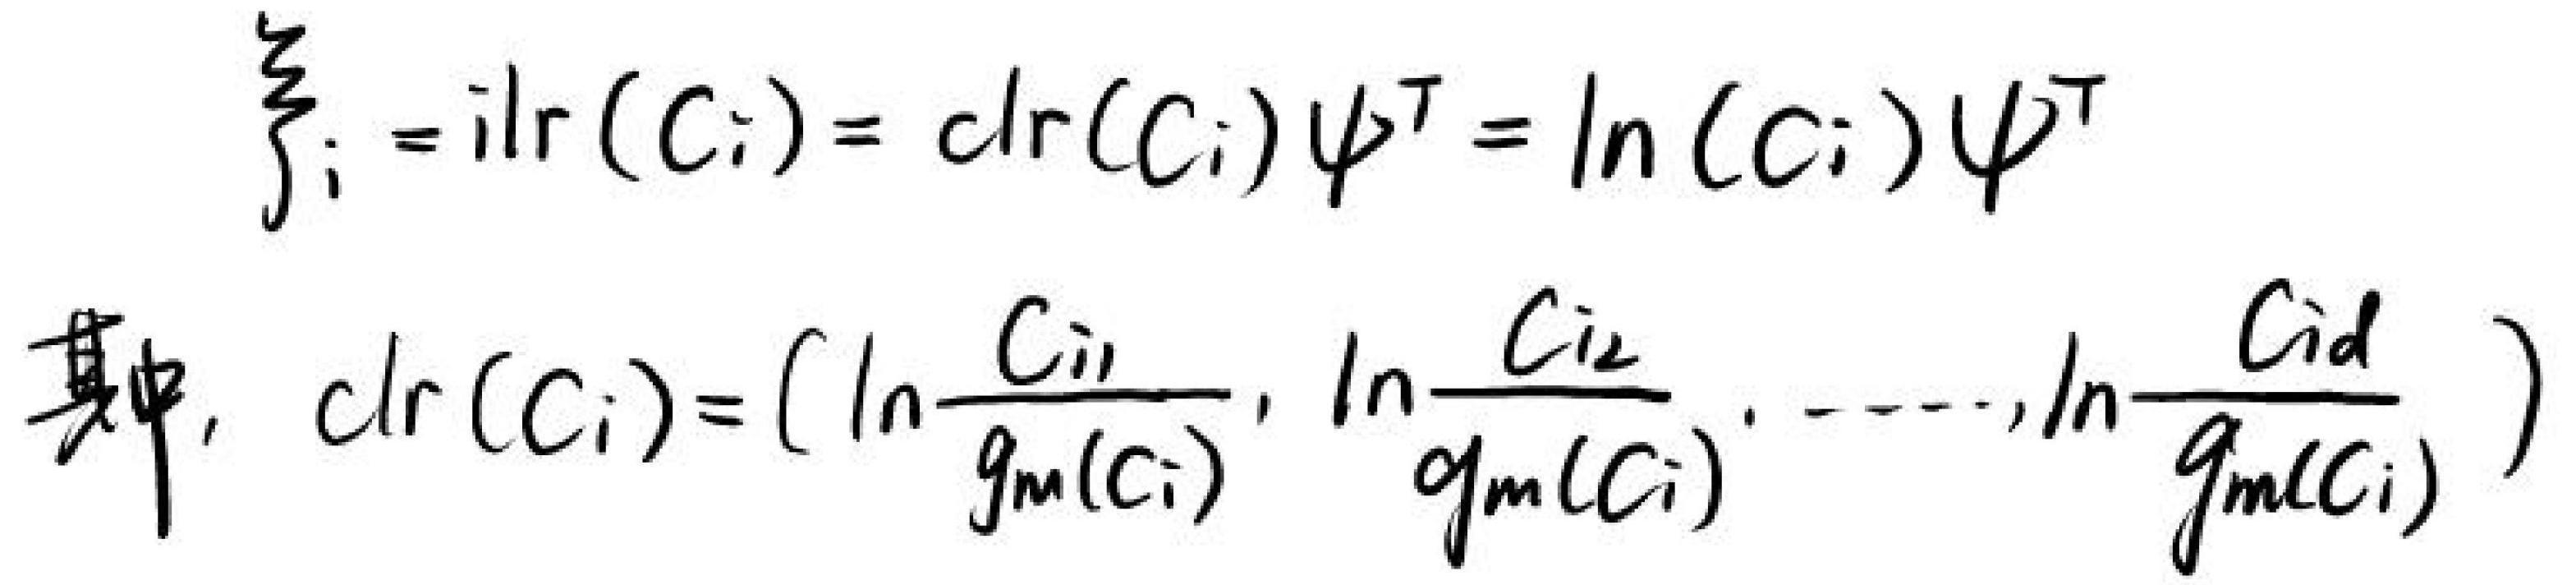
\[
\begin{align*}
\xi_{i}&=\mathrm{ilr}(C_{i})=\mathrm{clr}(C_{i})\psi^{\top}=\ln(C_{i})\psi^{\top}\\
\text{其中}, \mathrm{clr}(C_{i})&=\left(\ln\frac{C_{i1}}{g_{m}(C_{i})},\ln\frac{C_{i2}}{g_{m}(C_{i})},\cdots,\ln\frac{C_{id}}{g_{m}(C_{i})}\right)
\end{align*}
\]